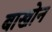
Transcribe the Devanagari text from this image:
बाखोन